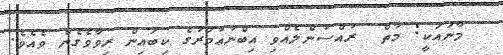
މާނައަކީ: މާތް  ރުއްސުންލެއްވި އިބްނުޢުމަރުގެ ކިބައިން ރިވާވެގެން ވެއެވެ.